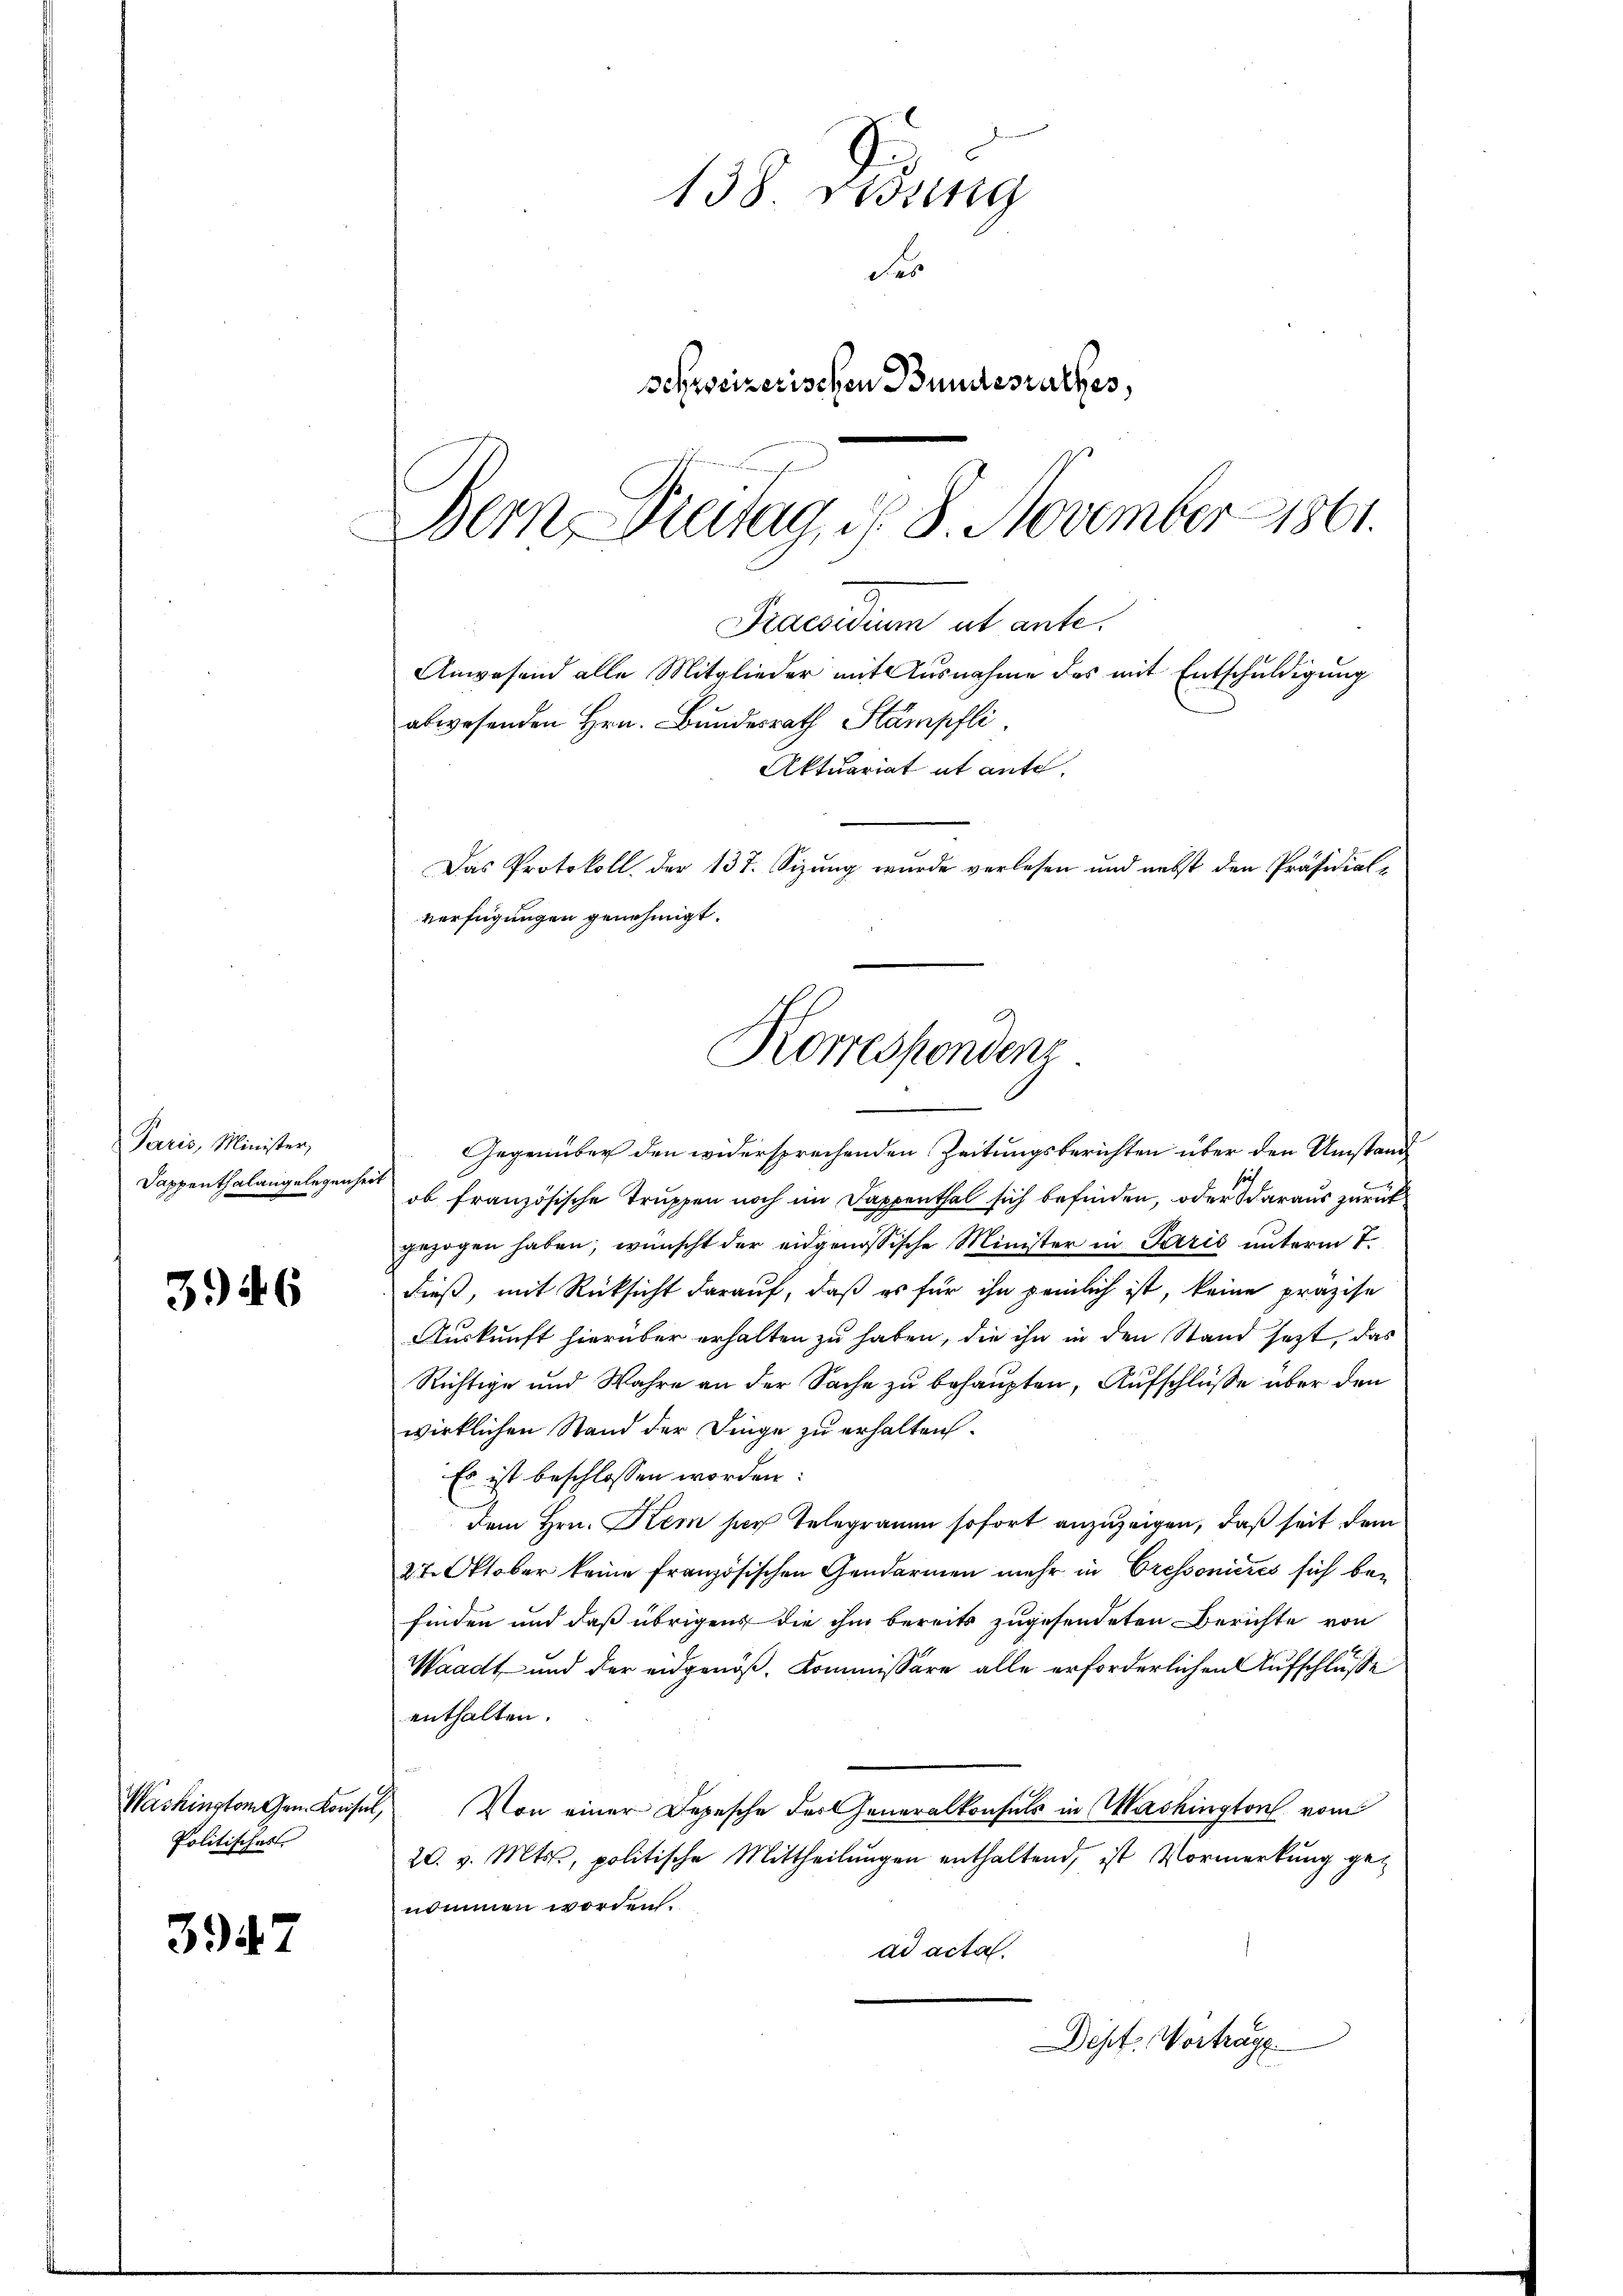
138. Desing
des
schweizerischen Bundesrathes,
Bern Freitag, d. 8. November 1861.

Praesidium et ante.
Anwesend alle Mitglieder mit Ausnahme des mit Entschuldigung
abwesenden Hrn. Bundesrath Stämpfli
Aktuariat et ante.
Das Protokoll der 137. Sizung wurde verlesen und nebst den Präsidial-
verfügungen genehmigt.
Korrespondenz

Gegenüber den widersprechenden Zeitungsberichten über den Umstand
ob französische Truppen noch im Dappenthal sich befinden, oder daraus zurück
gezogen haben, wünscht der eidgenössische Minister in Paris unterm 7.
dieß, mit Rücksicht darauf, daß es für ihn peinlich ist, keine präzise
Auskunft hierüber erhalten zu haben, die ihn in den Stand jezt, das
Richtige und Wahre an der Sache zu behaupten, Aufschlüsse über den
wirklichen Stand der Dinge zu erhalten.
Es ist beschlossen worden:
dem Hrn. Kem per Telegramm sofort anzuzeigen, daß seit dem
27. Oktober keine Französischen Gendarmen mehr in Cressonieres sich befinden und daß übrigens die ihm bereits zugesendeten Berichte von
Waadt und der eidgenöß. Kommissäre alle erforderlichen Aufschlüße
enthalten.
Von einer Depesche der Generalkonsuls in Washington vom
20. v. Mts, politische Mittheilŭngen enthaltend, ist Vormerkung get
nommen worden.
ad acta.
Dept. Vortrage

Paris, Minister,
Sappenthalangelegenheit

3946

Washington Gen. Konsul,
Politisches

3947